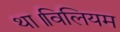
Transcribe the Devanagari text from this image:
था।विलियम